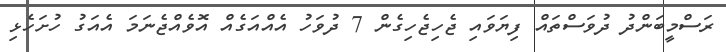
ރަސްމީބަންދު ދުވަސްތައް ފިޔަވައި ޖެހިޖެހިގެން 7 ދުވަހު އެއްއަގެއް އޮވެއްޖެނަމަ އެއަގު ހުށަހެޅި